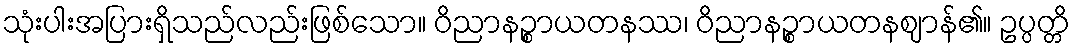
သုံးပါးအပြားရှိသည်လည်းဖြစ်သော။ ဝိညာနဉ္စာယတနဿ၊ ဝိညာနဉ္စာယတနဈာန်၏။ ဥပ္ပတ္တိ